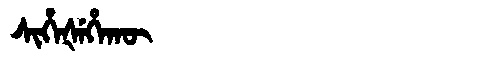
Manchu: ᠰᡳᡥᡝᡧᡝᡥᠠᡴᡡ
Romanization: SIHEŠEHAKŪ